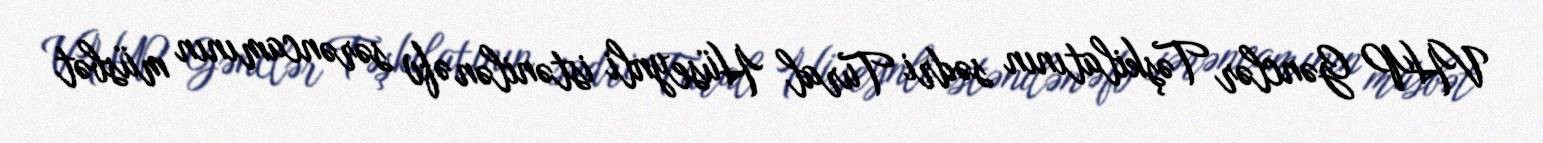
VHP Gənclər Təşkilatının sədri Tural Hüseynli istənilən əfv sərəncamının müsbət